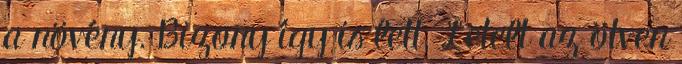
a növény. Bizony így is lett. Letelt az ötven